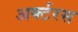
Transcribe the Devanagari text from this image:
अर्क्टरस